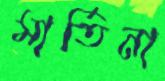
মার্তিনা